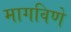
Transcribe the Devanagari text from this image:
मागविणे